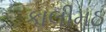
કાલીમઠ